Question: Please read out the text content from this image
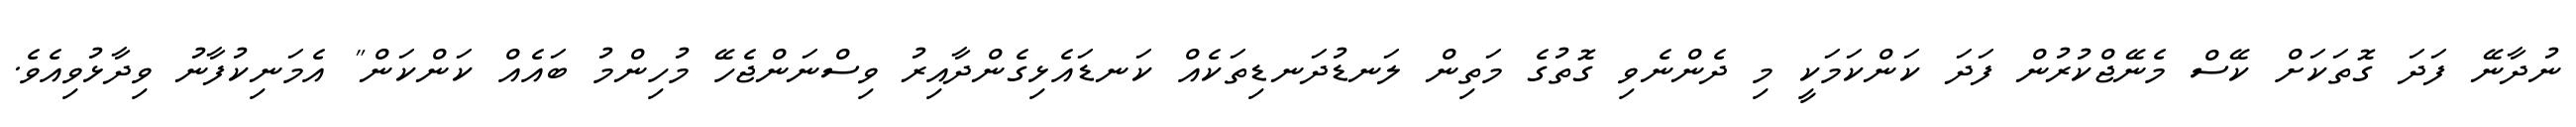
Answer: ނުދާނޭ ފަދަ ގޮތަކަށް ކޭސް މެނޭޖްކުރުން ފަދަ ކަންކަމަކީ މި ދެންނެވި ގޮތުގެ މަތިން ލަނޑުދަނޑިތަކެއް ކަނޑައެޅިގެންދާއިރު ވިސްނަންޖެހޭ މުހިންމު ބައެއް ކަންކަން" އެމަނިކުފާނު ވިދާޅުވިއެވެ.